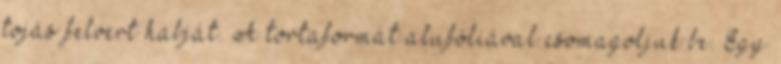
tojás felvert habját. A tortaformát alufóliával csomagoljuk be. Egy